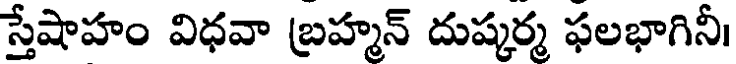
స్తేషాహం విధవా బ్రహ్మన్ దుష్కర్మ ఫలభాగినీ।